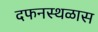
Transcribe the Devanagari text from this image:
दफनस्थळास